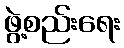
ဖွဲ့စည်းရေး